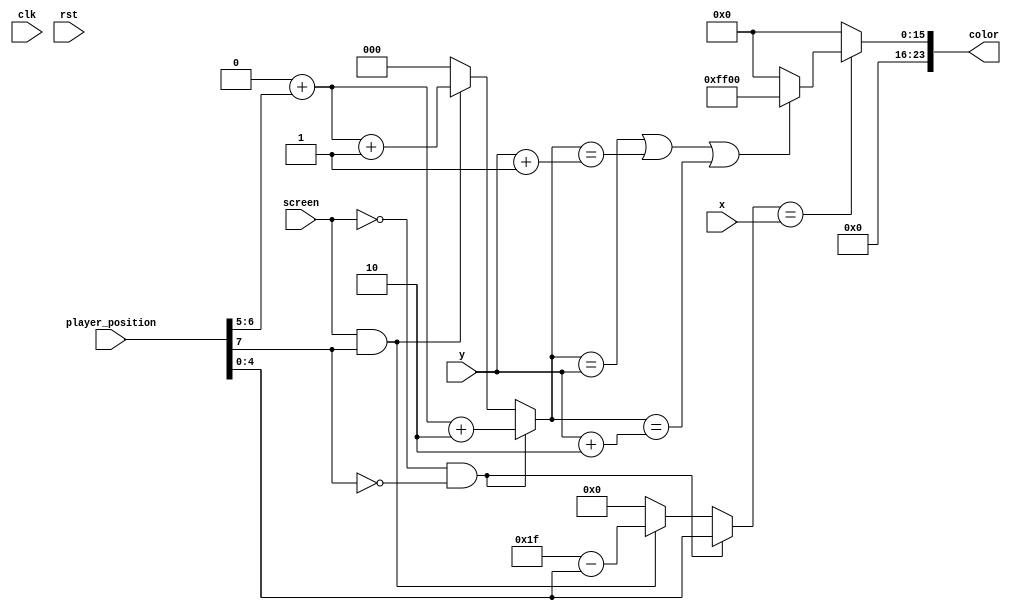
/*
   This file was generated automatically by Alchitry Labs version 1.2.7.
   Do not edit this file directly. Instead edit the original Lucid source.
   This is a temporary file and any changes made to it will be destroyed.
*/

module player_display_12 (
    input clk,
    input rst,
    input [7:0] player_position,
    input screen,
    input [4:0] x,
    input [2:0] y,
    output reg [23:0] color
  );
  
  
  
  reg [2:0] player_y;
  
  reg [4:0] player_x;
  
  always @* begin
    color = 24'h000000;
    if (screen == 1'h0 && player_position[7+0-:1] == 1'h0) begin
      player_y = 3'h0 + player_position[5+1-:2] + 2'h2;
      player_x = player_position[0+4-:5];
    end else begin
      if (screen == 1'h1 && player_position[7+0-:1] == 1'h1) begin
        player_y = 3'h0 + player_position[5+1-:2] + 1'h1;
        player_x = 5'h1f - player_position[0+4-:5];
      end else begin
        player_y = 8'h00;
        player_x = 8'h00;
      end
    end
    if (player_x == x) begin
      if (player_y == y || player_y == y + 1'h1 || player_y == y + 2'h2) begin
        color = 24'h00ff00;
      end
    end
  end
endmodule